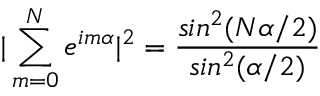
| \sum _ { m = 0 } ^ { N } e ^ { i m \alpha } | ^ { 2 } = \frac { s i n ^ { 2 } ( N \alpha / 2 ) } { s i n ^ { 2 } ( \alpha / 2 ) }